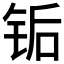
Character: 𬭅